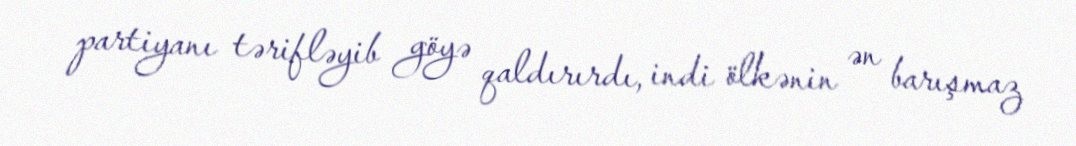
partiyanı tərifləyib göyə qaldırırdı, indi ölkənin ən barışmaz